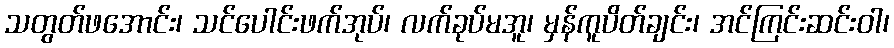
သတွတ်ဖအောင်း၊ သင်ပေါင်းဖက်အုပ်၊ လက်ခုပ်မအူ၊ မှန်ကူပိတ်ချင်း၊ အင်ကြင်းဆင်းဝါ၊